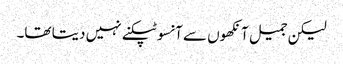
لیکن جمیل آنکھوں سے آنسو ٹپکنے نہیں دیتا تھا۔